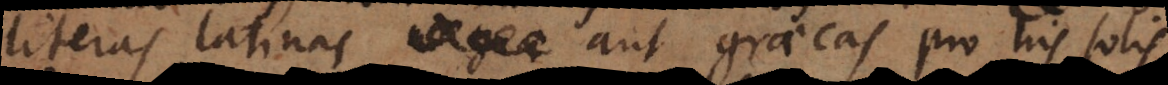
literas latinas aut graecas pro his solis